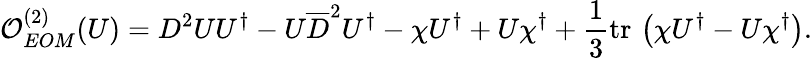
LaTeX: {\cal O}_{EOM}^{(2)}(U)=D^{2}UU^{\dagger}-U\overline{{{D}}}^{2}U^{\dagger}-\chi U^{\dagger}+U\chi^{\dagger}+\frac{1}{3}\mathrm{tr}\, \left(\chi U^{\dagger}-U\chi^{\dagger}\right).